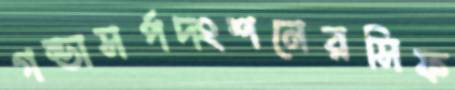
গন্ডাসর্পদংশনেরসিফ